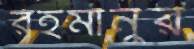
রহমানুর